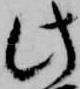
此